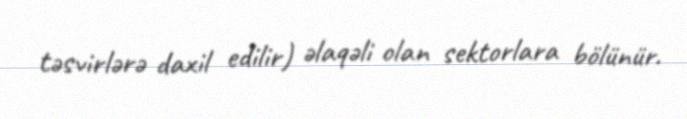
təsvirlərə daxil edilir) əlaqəli olan sektorlara bölünür.